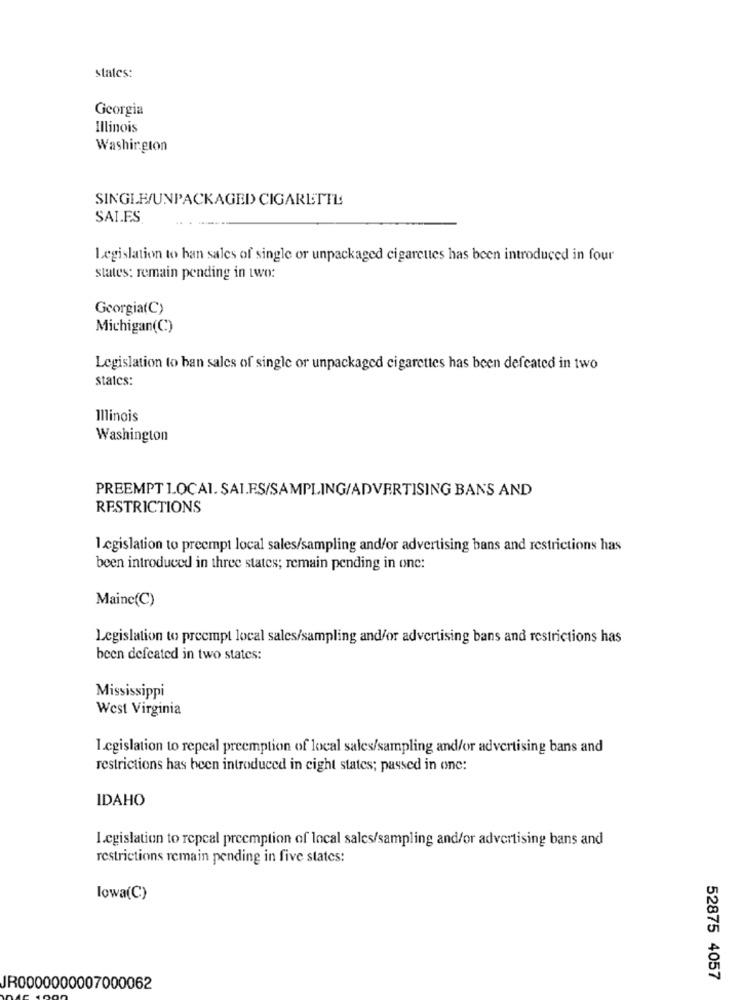
states:
Georgia
Illinois
Washington
SINGLE/UNPACKAGED CIGARETTE
SAI.ES
Legislation to han sales of single or unpackaged cigarettes has been introduced in four
states: remain pending in two:
Georgia(C)
Michigan(C:)
Legislation to ban sales of single or unpackaged cigarettes has been defeated in two
states:
Illinois
Washington
PREEMPT LOCAL. SAI.F.S/SAMPLING/ADVERTISING BANS AND
RESTRICTIONS
legislation to preempt local sales/sampling and/or advertising bans and restrictions has
been introduced in three states; remain pending in one:
Maine(C)
Legislation to preempt local sales/sampling and/or advertising bans and restrictions has
been defeated in two states:
Mississippi
West Virginia
Legislation to repeal preemption of local sales/sampling and/or advertising bans and
restrictions has been introduced in eight states; passed in one:
IDAHO
I.cgislation to repcal preemption of local sales/sampling and/or advertising bans and
restrictions remain pending in five states:
lowa(C)
52875 4057
JR0000000007000062